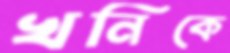
খনিকে